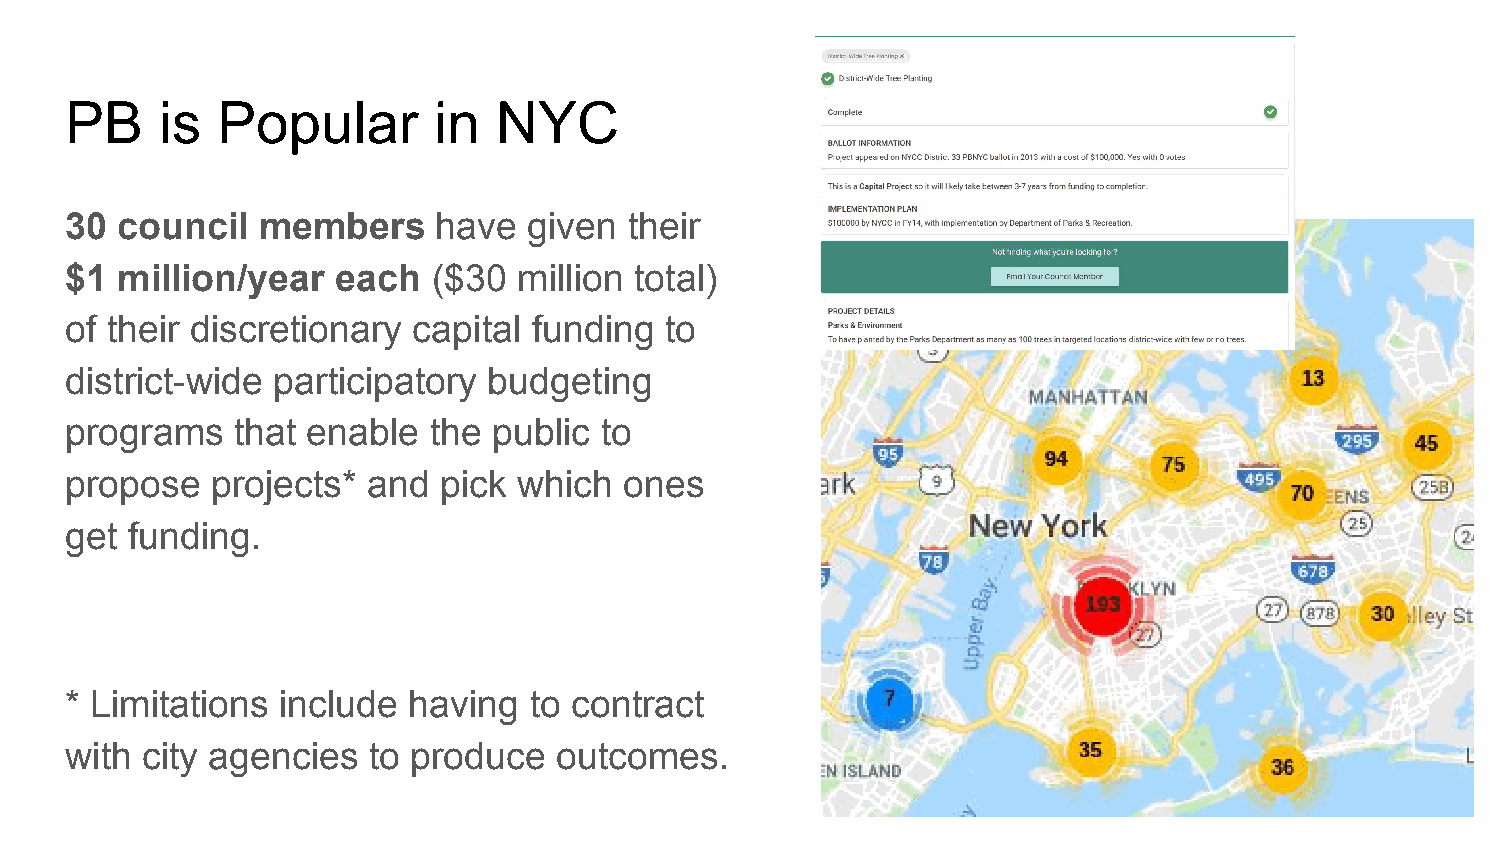
PB     is Popular        in  NYC
 30  council  members     have  given  their
 $1  million/year  each   ($30 million total)
 of their discretionary capital funding  to
 district-wide participatory budgeting
 programs   that enable  the  public to
 propose   projects* and  pick which  ones
 get funding.
 * Limitations  include having  to contract
 with city agencies  to produce   outcomes.